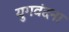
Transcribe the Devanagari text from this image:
युगवंदना